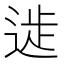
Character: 𨔀